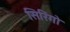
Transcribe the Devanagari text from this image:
सिरिंगो